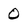
Character: 0